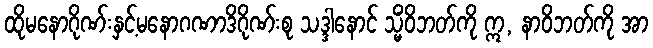
ထိုမနောဂိုဏ်းနှင့်မနောဂဏာဒိဂိုဏ်းစု သဒ္ဒါနောင် သ္မိံဝိဘတ်ကို ဣ, နာဝိဘတ်ကို အာ